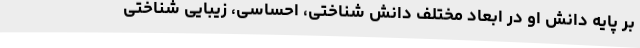
بر پایه دانش او در ابعاد مختلف دانش شناختی، احساسی، زیبایی شناختی